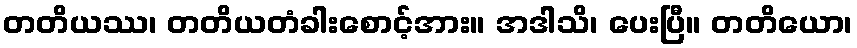
တတိယဿ၊ တတိယတံခါးစောင့်အား။ အဒါသိ၊ ပေးပြီ။ တတိယော၊